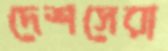
দেশসেরা